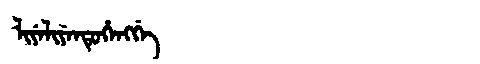
Manchu: ᠯᡳᠶᡝᠯᡳᠶᡝᠨᡩᡠᡥᡝᠩᡤᡝ
Romanization: LIYELIYENDUHENGGE